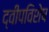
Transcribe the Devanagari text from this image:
द्वीपविशेष